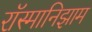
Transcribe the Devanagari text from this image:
रॉस्मानिझाम